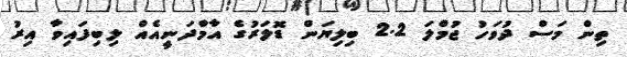
ތިން މަސް ދުވަހު ޖުމްލަ 2.2 ބިލިޔަން ޑޮލަރުގެ އާމްދަނީއެއް ލިބިފައިވާ އިރު